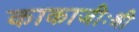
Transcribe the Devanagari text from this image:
काकाजीःश्री